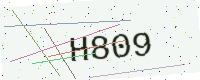
Text: H809